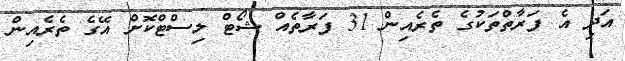
އަދި އެ ފަރާތްތަކުގެ ތެރެއިން 31 ފަރާތެއް ޝޯޓް ލިސްޓްކޮށް އޭގެ ތެރެއިން